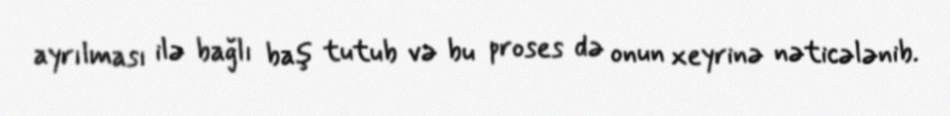
ayrılması ilə bağlı baş tutub və bu proses də onun xeyrinə nəticələnib.